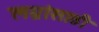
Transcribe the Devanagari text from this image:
लग्नांसाठी